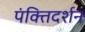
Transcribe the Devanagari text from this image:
पंक्तिदर्शन